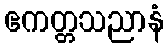
ဧကတ္တသညာနံ